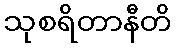
သုစရိတာနီတိ